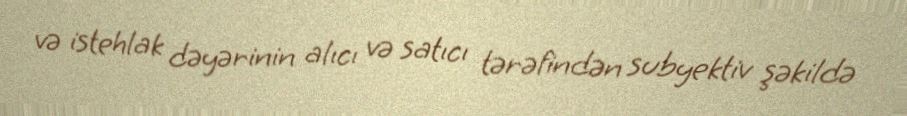
və istehlak dəyərinin alıcı və satıcı tərəfindən subyektiv şəkildə